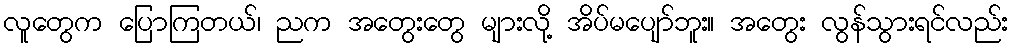
လူတွေက ပြောကြတယ်၊ ညက အတွေးတွေ များလို့ အိပ်မပျော်ဘူး။ အတွေး လွန်သွားရင်လည်း